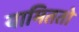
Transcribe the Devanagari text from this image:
यामिततो